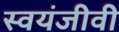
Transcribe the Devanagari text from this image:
स्वयंजीवी